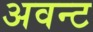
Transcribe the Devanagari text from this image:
अवन्ट